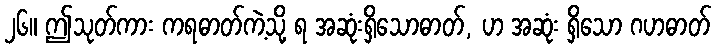
၂၆။ ဤသုတ်ကား ကရဓာတ်ကဲ့သို့ ရ အဆုံးရှိသောဓာတ်, ဟ အဆုံး ရှိသော ဂဟဓာတ်